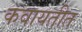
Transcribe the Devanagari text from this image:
कवायतीत